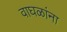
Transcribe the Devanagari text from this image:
वाघळांना